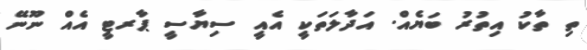
ތި ތާކު އިތުރު ބަޔެއް. އަދާލަތަކީ އެއީ ސިޔާސީ ޕާރޓީ އެއް ނޫނޭ